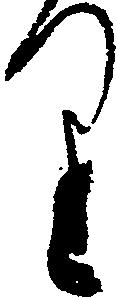
り